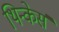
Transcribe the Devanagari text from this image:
थिन्केर्स